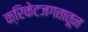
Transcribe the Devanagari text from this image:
क्रिकेटजगतातून